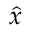
\boldsymbol { \hat { x } }